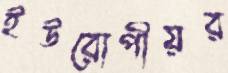
ইউরোপীয়র